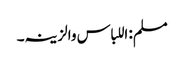
مسلم: اللباس والزینہ۔